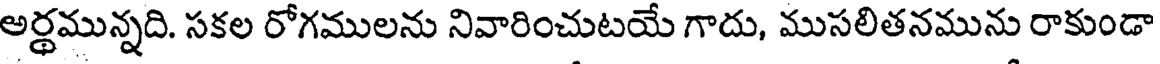
అర్ధమున్నది. సకల రోగములను నివారించుటయే గాదు, ముసలితనమును రాకుండా